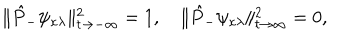
LaTeX: \| \hat { P } _ { - } \psi _ { \kappa \lambda } \| _ { t \rightarrow - \infty } ^ { 2 } = 1 , \quad \| \hat { P } _ { - } \psi _ { \kappa \lambda } \| _ { t \rightarrow \infty } ^ { 2 } = 0 ,